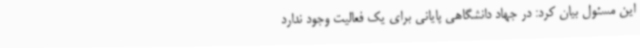
این مسئول بیان کرد: در جهاد دانشگاهی پایانی برای یک فعالیت وجود ندارد